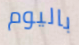
باليوم